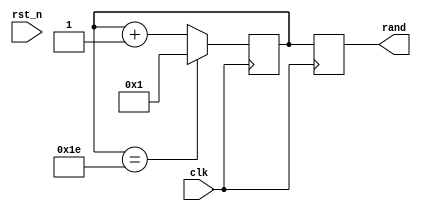
`timescale 1ns / 1ps

module rand_gen(
    input clk,
    input rst_n,
    output reg [4:0] rand
    );

    reg [4:0] count_up;

    initial begin
        rand = 0;
        count_up = 5'b00001;
    end

    // Handle the reset logic in a separate always block
    always@(negedge rst_n) begin
        if (!rst_n) begin
            //rand <= 0;
        end
    end

    // Handle the clocking and counting logic in another always block
    always@(posedge clk) begin
        //if (rst_n) begin
            rand <= count_up;
            count_up <= (count_up == 5'b11110) ? 5'b00001 : count_up + 1;
        //end
    end
endmodule